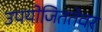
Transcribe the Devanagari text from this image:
उपयोजिततेवर